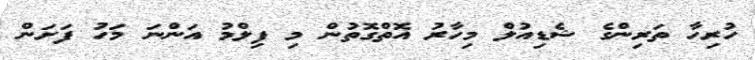
ހުރިހާ ތަރިންގެ ޝެޑިއުލް މިހާރު އޮތްގޮތުން މި ފިލްމު އަންނަ މަހު ފަށަން